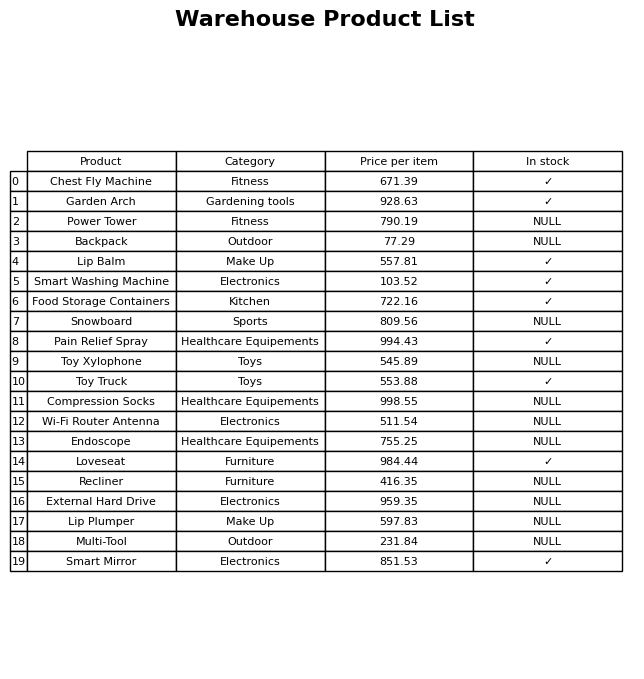
question: Which products are available in stock?
answer: Chest Fly Machine, Garden Arch, Lip Balm, Smart Washing Machine, Food Storage Containers, Pain Relief Spray, Toy Truck, Loveseat, Smart Mirror